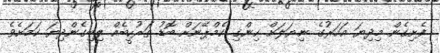
ފެށިގެން މިދިޔަ އަހަރުގެ ނިޔަލަށް ހިންގި ކެމްޕޭނަށް ބޮޑު ތަރުހީބެއް ލިބިގެންދިޔަ ކަމަށެވެ.